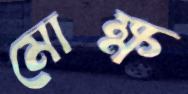
মোক্ষ